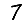
Digit: 7